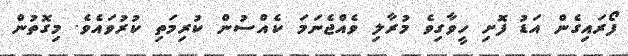
ފޯރައިގެން އަޑު ފޮށި ހީވާގިވެ މުރާލި ވެއްޖެނަމަ ކެއްސުން ކުރިމަތި ކުރުވައެވެ. މިގޮތުން